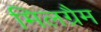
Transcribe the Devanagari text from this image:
मिलग्रैम